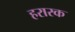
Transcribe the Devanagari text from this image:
हरारक